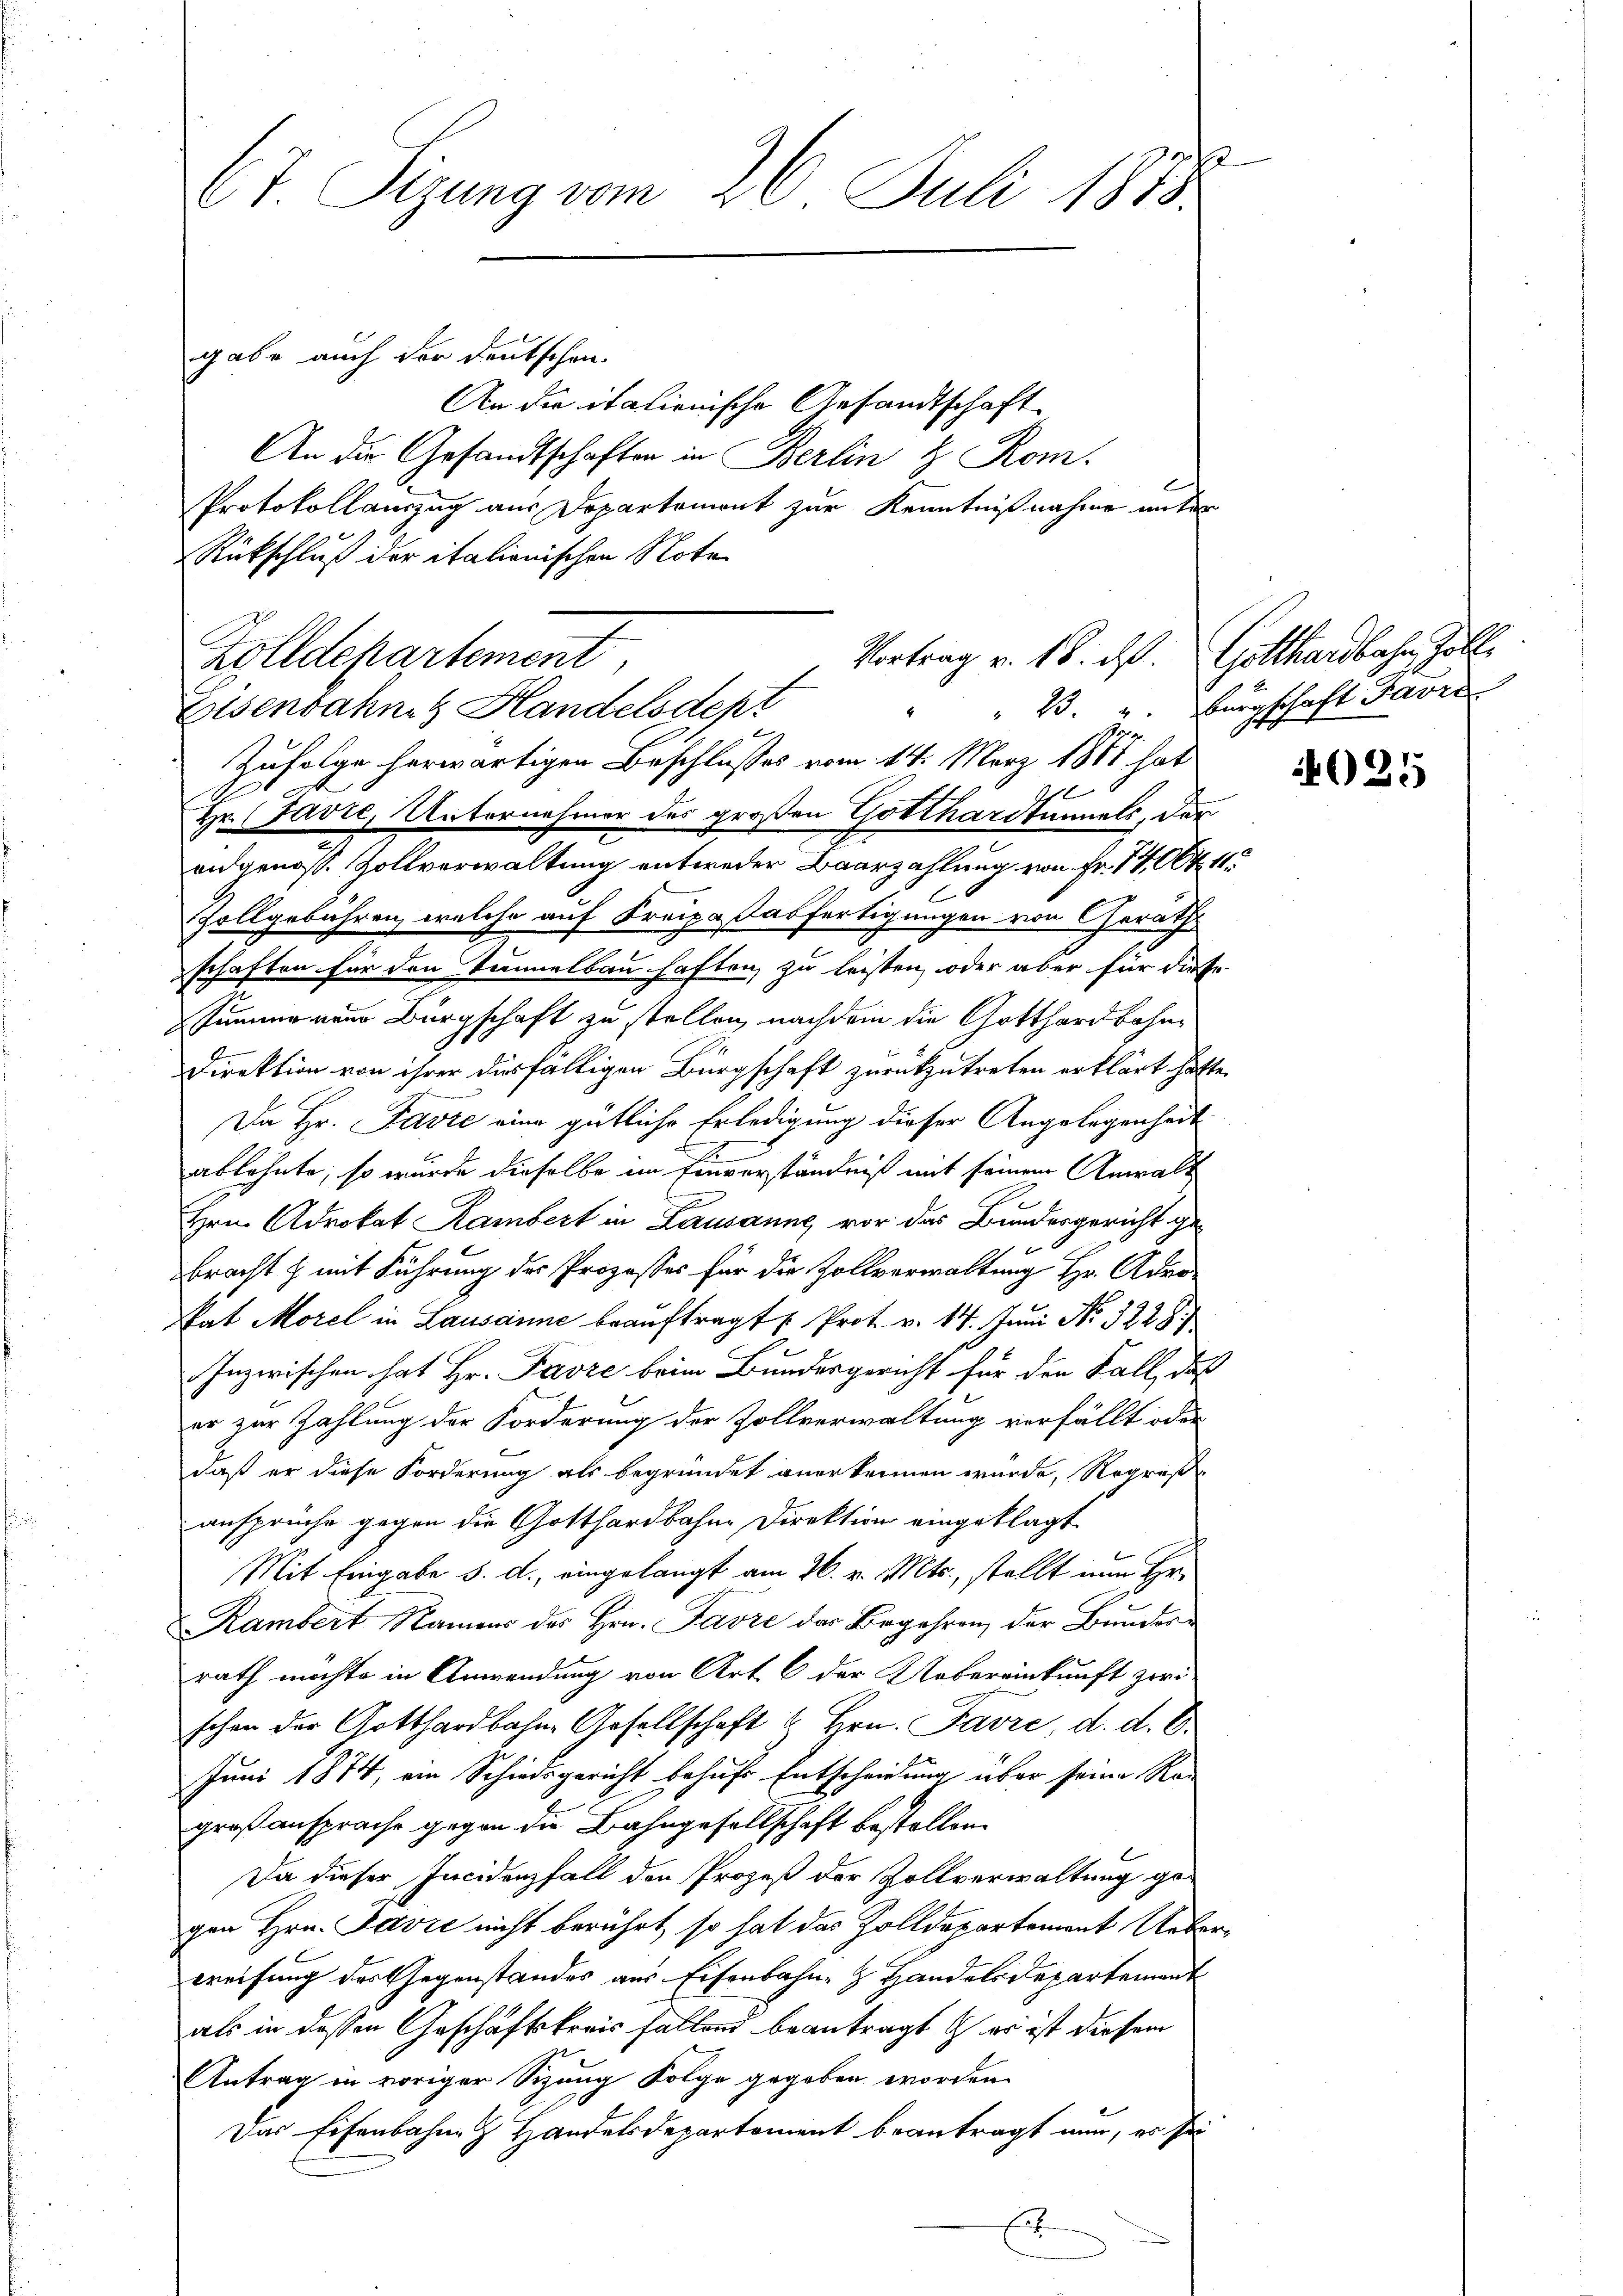
67 Sizung vom 26. Juli 1873.

gabe auch der deutschen
An die italienische Gesandtschaft
An die Gesandtschaften in Berlin & Rom.
Protokollauszug aus Departement zur Kenntnißnahme unter
Rückschluß der italionischen Note
Eisenbahng Handelsdept
Zufolge herwärtigen Beschlusses vom 14. März 1881 hat
d
Hr. (Favre, Unternehmer des großen Gotthardtunnels, dereidgenöss. Zollverwaltung entweder Baarzahlung von Fr. 1406. 11.
Zollgebühren, welche auf Kreipadasfertigungen von Geräth
schaften für den Tunnelbau haften, zu leisten, oder aber für diese
summeneur Bürgschaft zu stellen, nachdem die Gotthardbahn¬
Direktion von ihrer diesfälligen Bürgschaft zurückzutreten erklärt hätte.
Da Hr. Favre eine gütliche Erledigung dieser Angelegenheit
ablehnte, so wurde dieselbe im Einverständniß mit seinem Anwalt
Hrn. Adrokat Rambert in Lausanne vor das Bundesgericht gebracht & mit Führung des Prozesses für die Zollverwaltung Hr. Admi¬
Sat Morel in Lausanne beauftragt : Prot. v. 14. Juni No 322 S.
Inzwischen hat Hr. Favre beim Bundesgericht für den Fall, daß
er zur Zahlung der Forderung der Zollverwaltung verfällt oder
daß er diese Forderung als begründet anerkennen wurde, Regreß
ansprüche gegen die Gotthardbahne Direktion eingeklagt.
Mit Eingabe d. d. eingelangt am 26. v. Mts., stellt nun Hr.
Rambert Namens des Hrn. Favre das Begehren der Bunderrath möchte in Anwendung von Art. 6 der Uebereinkunft zwi
schon der Gotthardbahne Gesellschaft & Hrn. Favre, d. d. 6.
Juni 1874, ein Schiedsgericht behufs Entscheidung über seine Ra-
großansprache gegen die Bahngesellschaft bestellen.
Da dieser Incidanzfall den Prozeß der Zollverwaltung gegen Hrn. Pavić nicht berührt, so hat das Zolldepartement Ueberweisung des Gegenstandes aus Eisenbahn- Handelsdepartement
als in dessen Geschäftskreis fallen beantragt in er ist diesem
Antrag in voriger Sizung Folge gegeben worden.
Das Eisenbahne Handelsdepartement beantragt nun, es sei
Er

Zolldepartement,

Vortrag v. 18. ds Gotthardbahn, Zoll¬

" 23. u. Bürgschaft Favre

025